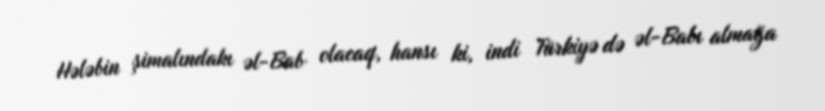
Hələbin şimalındakı əl-Bab olacaq, hansı ki, indi Türkiyə də əl-Babı almağa